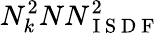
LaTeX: N_{k}^{2}NN_{\mathrm{~I~S~D~F~}}^{2}